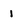
Character: i